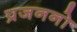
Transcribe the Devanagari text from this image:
प्रजननो